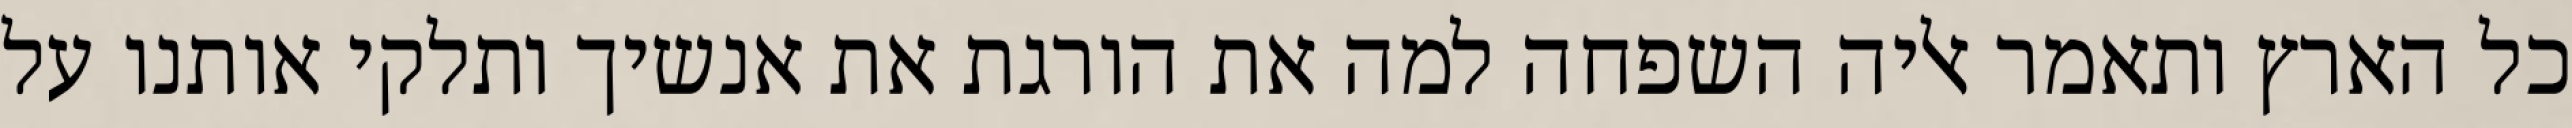
כל הארץ ותאמר אליה השפחה למה את הורגת את אנשיך ותלקי אותנו על